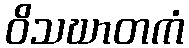
ဝိသဃာတကံ